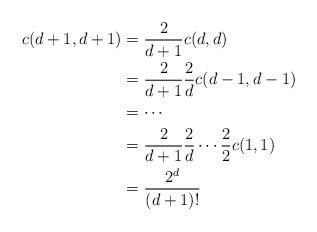
LaTeX: \begin{align*} c(d+1,d+1) & = \frac{2}{d+1} c(d,d) \\ & = \frac{2}{d+1} \frac{2}{d} c(d-1,d-1) \\ & = \cdots \\ & = \frac{2}{d+1} \frac{2}{d} \cdots \frac{2}{2} c(1,1) \\ & = \frac{2^d}{(d+1)!}\end{align*}